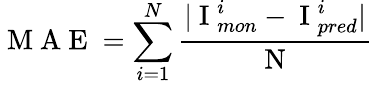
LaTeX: \mathrm{~M~A~E~}=\displaystyle\sum_{i=1}^{N}\frac{|\mathrm{~I~}_{mon}^{i}-\mathrm{~I~}_{pred}^{i}|}{\mathrm{~N~}}